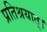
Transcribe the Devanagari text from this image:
प्रतिश्रयात्।